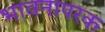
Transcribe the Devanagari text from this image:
भावनापरक